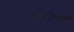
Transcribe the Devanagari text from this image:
अकलेला